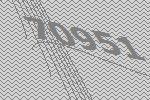
70951